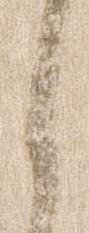
之